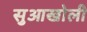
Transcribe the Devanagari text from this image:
सुआखोली